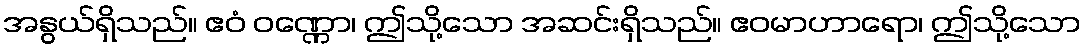
အနွယ်ရှိသည်။ ဧဝံ ဝဏ္ဏော၊ ဤသို့သော အဆင်းရှိသည်။ ဧဝမာဟာရော၊ ဤသို့သော